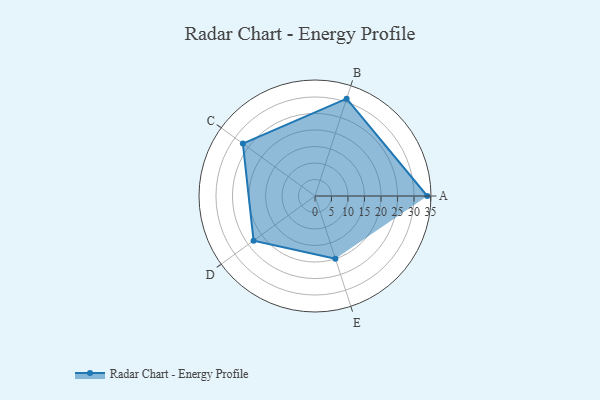
{"axis": {"x": "Skill", "y": "Score"}, "legend": ["Profile"], "data": [{"x": "A", "y": 34.0, "type": "Profile"}, {"x": "B", "y": 31.0, "type": "Profile"}, {"x": "C", "y": 27.0, "type": "Profile"}, {"x": "D", "y": 23.0, "type": "Profile"}, {"x": "E", "y": 20.0, "type": "Profile"}]}